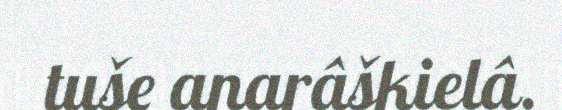
tuše anarâškielâ.